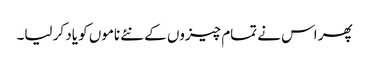
پھر اس نے تمام چیزوں کے نئے ناموں کو یاد کر لیا۔